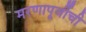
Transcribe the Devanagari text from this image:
मरणापूर्वीची